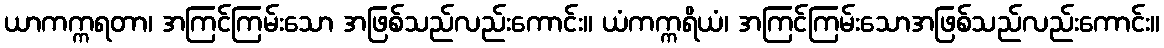
ယာကက္ကရတာ၊ အကြင်ကြမ်းသော အဖြစ်သည်လည်းကောင်း။ ယံကက္ကရိယံ၊ အကြင်ကြမ်းသောအဖြစ်သည်လည်းကောင်း။